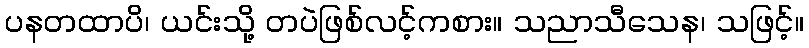
ပနတထာပိ၊ ယင်းသို့ တပဲဖြစ်လင့်ကစား။ သညာသီသေန၊ သဖြင့်။